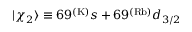
| \chi _ { 2 } \rangle \equiv 6 9 ^ { ( \mathrm { K ) } } s + 6 9 ^ { ( \mathrm { R b ) } } d _ { 3 / 2 }